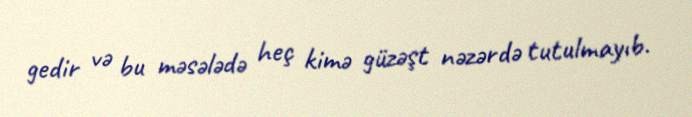
gedir və bu məsələdə heç kimə güzəşt nəzərdə tutulmayıb.